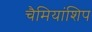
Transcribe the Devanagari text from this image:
चैमियांशिप